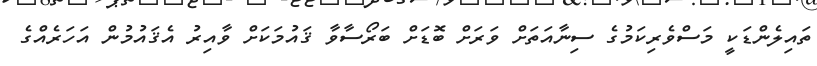
ތައިލެންޑަކީ މަސްވެރިކަމުގެ ސިނާއަތަށް ވަރަށް ބޮޑަށް ބަރޯސާވާ ޤައުމަކަށް ވާއިރު އެޤައުމުން އަހަރެއްގެ